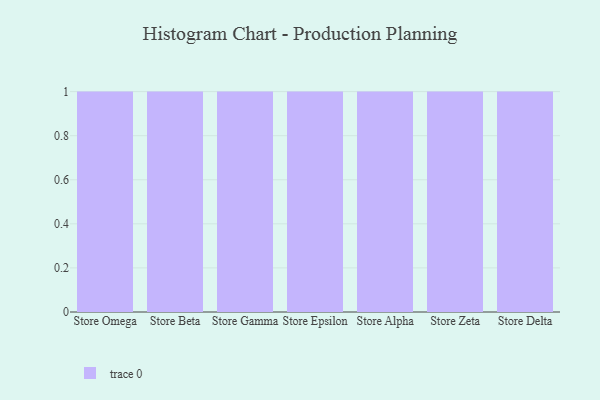
{"axis": {"x": "Store", "y": "Revenue (USD Million)"}, "legend": [""], "data": [{"x": "Store Omega", "y": 75, "type": ""}, {"x": "Store Beta", "y": 47, "type": ""}, {"x": "Store Gamma", "y": 95, "type": ""}, {"x": "Store Epsilon", "y": 27, "type": ""}, {"x": "Store Alpha", "y": 24, "type": ""}, {"x": "Store Zeta", "y": 7, "type": ""}, {"x": "Store Delta", "y": 30, "type": ""}]}